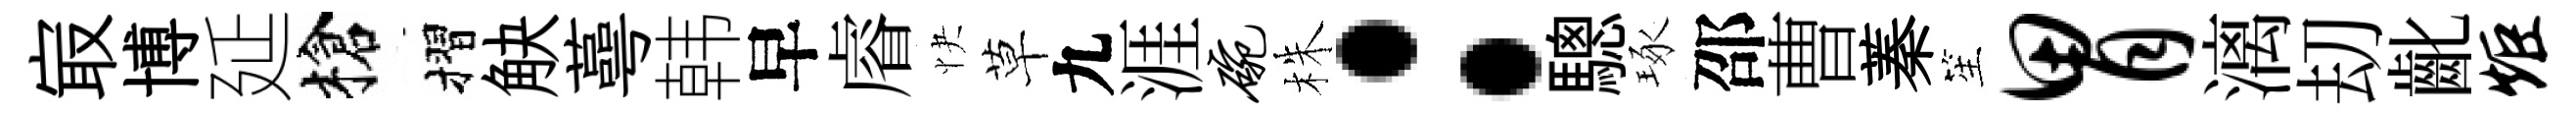
㝡博延槍摺觖蕚韩早𥈠快草九涯碗株：驄琢邵曹蓁笙胃漓刧齔炬